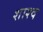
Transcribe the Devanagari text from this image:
शाश्व